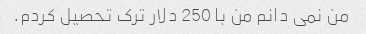
من نمی دانم من با 250 دلار ترک تحصیل کردم.